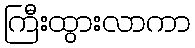
ကြီးထွားလာကာ